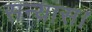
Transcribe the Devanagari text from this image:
सन्यास।